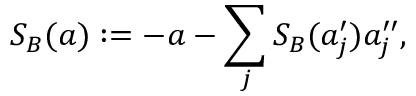
S _ { B } ( a ) : = - a - \sum _ { j } S _ { B } ( a _ { j } ^ { \prime } ) a _ { j } ^ { \prime \prime } ,